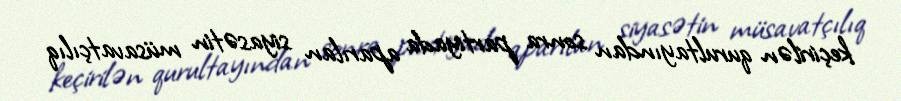
keçirilən qurultayından sonra partiyada aparılan siyasətin müsavatçılıq